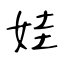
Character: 娃